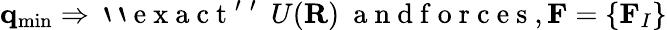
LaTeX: {\mathbf q}_{\mathrm{min}}\Rightarrow\mathrm{~`~`~e~x~a~c~t~'~'~}~{U}({\mathbf R})~\mathrm{~a~n~d~f~o~r~c~e~s~},{\mathbf F}=\{ {\mathbf F}_{I}\}